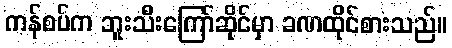
ကန်စပ်က ဘူးသီးကြော်ဆိုင်မှာ ခဏထိုင်စားသည်။